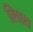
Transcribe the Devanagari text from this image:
लिात